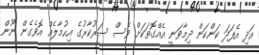
އަދި އެފަދަ ކަންކަން ދިމާވަނީ އެއްގޮތަކަށް ވެސް ސަރުކާރުގެ އިހުމާލެއް އޮވެގެން ނޫން